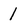
Character: 1